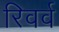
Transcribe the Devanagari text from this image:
रिवर्व